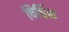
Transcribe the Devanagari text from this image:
चिर्चिक